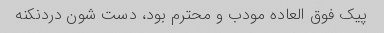
پیک فوق العاده مودب و محترم بود، دست شون دردنکنه